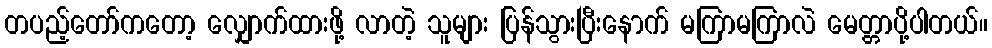
တပည့်တော်ကတော့ လျှောက်ထားဖို့ လာတဲ့ သူများ ပြန်သွားပြီးနောက် မကြာမကြာလဲ မေတ္တာပို့ပါတယ်။